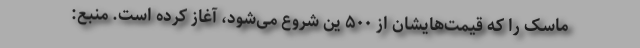
ماسک را که قیمت‌هایشان از ۵۰۰ ین شروع می‌شود، آغاز کرده است. منبع: